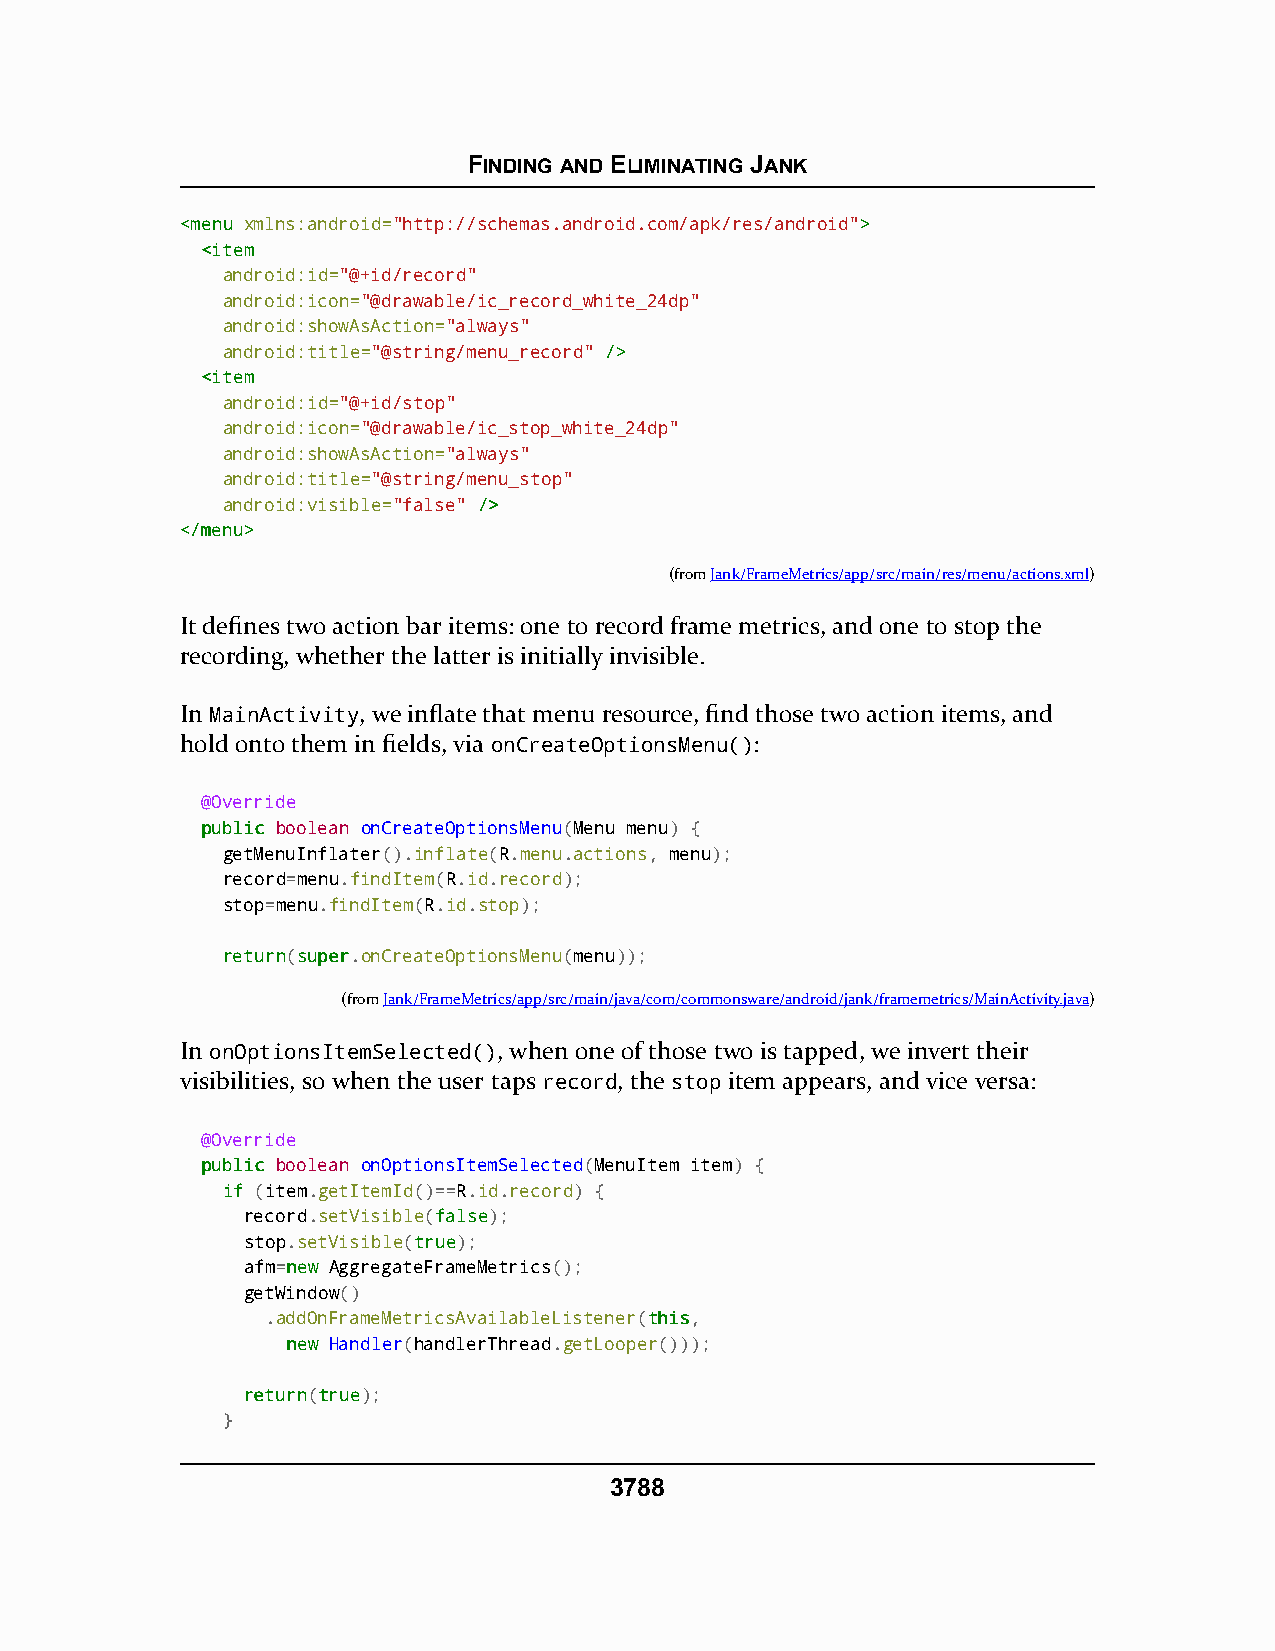
FINDING AND ELIMINATING JANK
 <<mmeennuu xmlns:android="http://schemas.android.com/apk/res/android">>
 <<iitteemm
 android:id="@+id/record"
 android:icon="@drawable/ic_record_white_24dp"
 android:showAsAction="always"
 android:title="@string/menu_record" //>>
 <<iitteemm
 android:id="@+id/stop"
 android:icon="@drawable/ic_stop_white_24dp"
 android:showAsAction="always"
 android:title="@string/menu_stop"
 android:visible="false" //>>
 <<//mmeennuu>>
 (fromJank/FrameMetrics/app/src/main/res/menu/actions.xml)
 It defines two action bar items: one to record frame metrics, and one to stop the
 recording, whether the latter is initially invisible.
 In MainActivity, we inflate that menu resource, find those two action items, and
 hold onto them in fields, via onCreateOptionsMenu():
 @Override
 ppuubblliicc boolean onCreateOptionsMenu(Menu menu) {
 getMenuInflater().inflate(R.menu.actions, menu);
 record=menu.findItem(R.id.record);
 stop=menu.findItem(R.id.stop);
 rreettuurrnn(ssuuppeerr.onCreateOptionsMenu(menu));
 (fromJank/FrameMetrics/app/src/main/java/com/commonsware/android/jank/framemetrics/MainActivity.java)
 In onOptionsItemSelected(), when one of those two is tapped, we invert their
 visibilities, so when the user taps record, the stop item appears, and vice versa:
 @Override
 ppuubblliicc boolean onOptionsItemSelected(MenuItem item) {
 iiff (item.getItemId()==R.id.record) {
 record.setVisible(ffaallssee);
 stop.setVisible(ttrruuee);
 afm=nneeww AggregateFrameMetrics();
 getWindow()
 .addOnFrameMetricsAvailableListener(tthhiiss,
 nneeww Handler(handlerThread.getLooper()));
 rreettuurrnn(ttrruuee);
 }
 3788